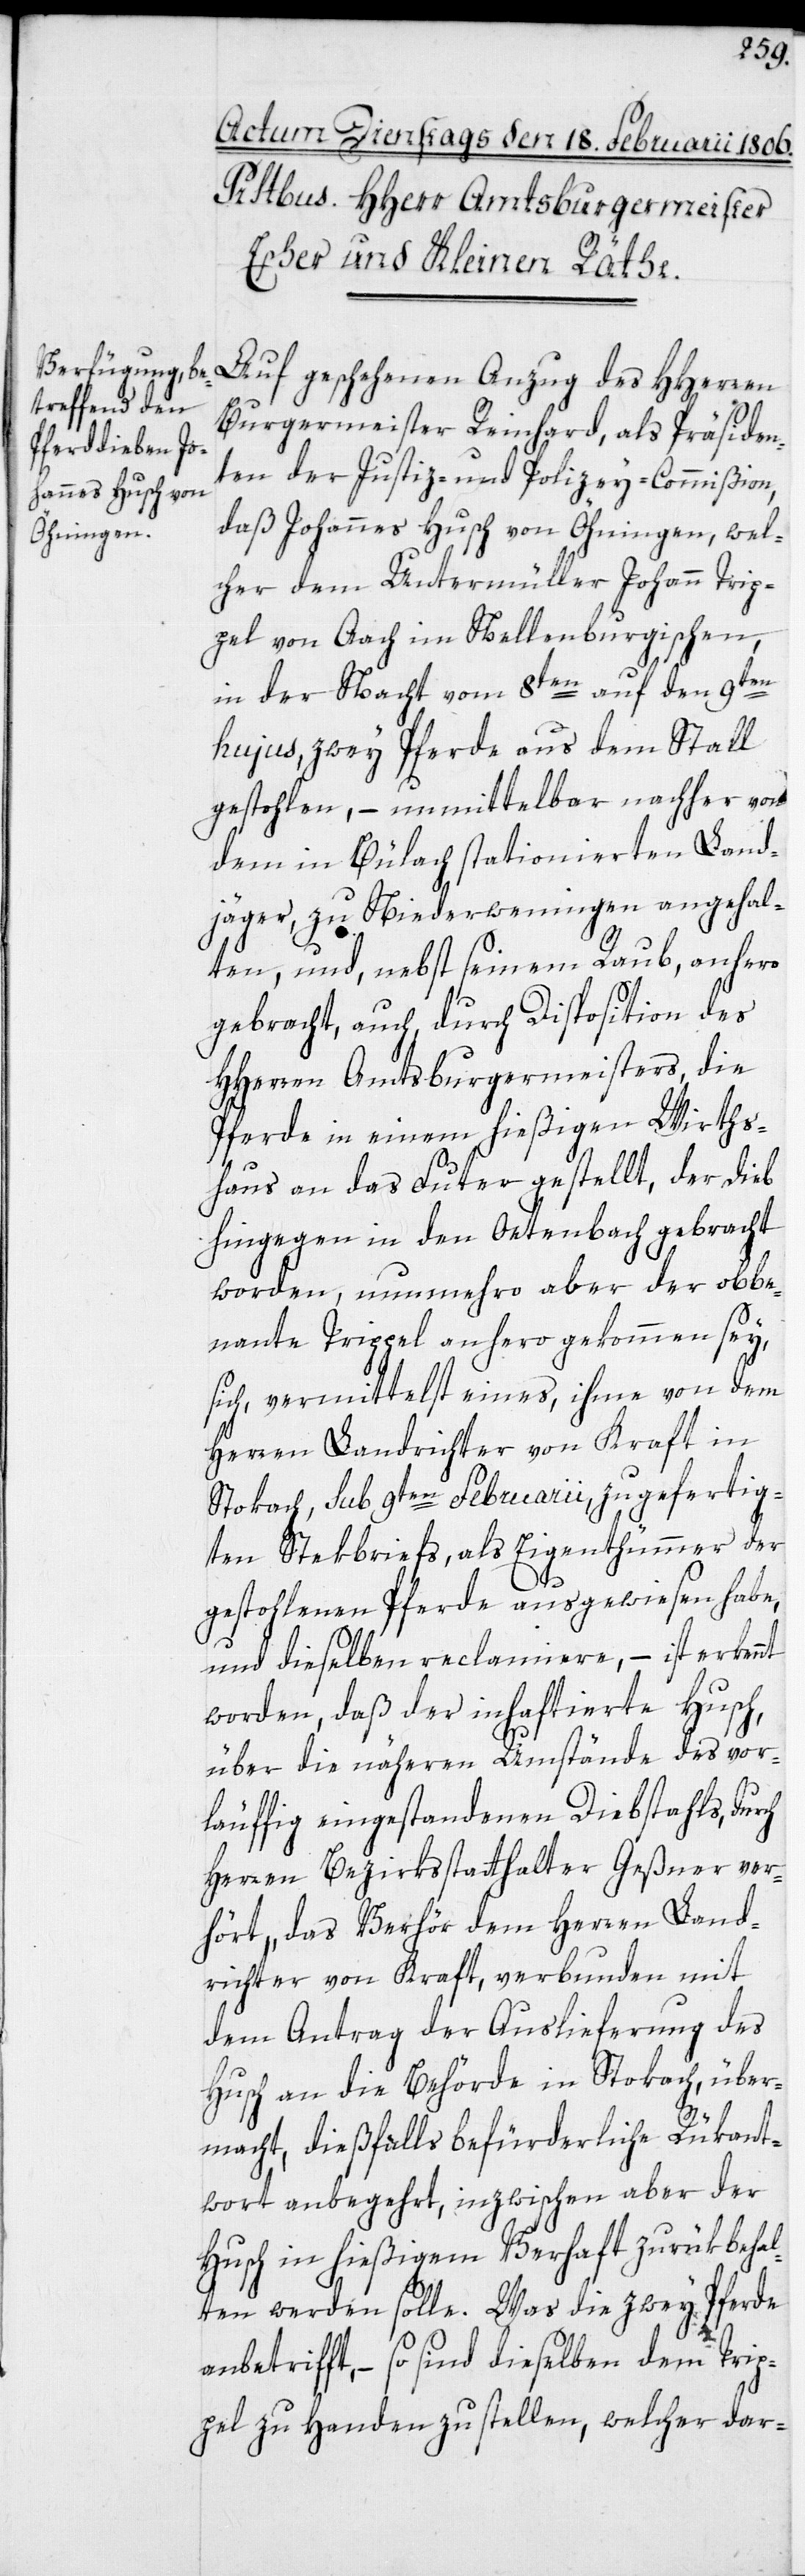
Auf geschehenen Anzug des HHerren
Burgermeister Reinhard, als Präsiden¬
ten der Justiz- und Polizey-Commißion,
daß Johannes Husch von Öhningen, wel¬
cher dem Untermüller Johann Trip¬
pel von Aach im Nellenburgischen,
in der Nacht vom 8ten auf den 9ten
hujus, zwey Pferde aus dem Stall
gestohlen, – unmittelbar nachher von
dem in Bülach stationierten Land¬
jäger, zu Niederweningen angehal¬
ten, und nebst seinem Raub anhero
gebracht, auch durch Disposition des
HHerren Amtsburgermeisters, die
Pferde in einem hießigen Wirths¬
haus an das Futter gestellt, der Dieb
hingegen in den Oetenbach gebracht
worden, nunmehro aber der obbe¬
nante Trippel anhero gekommen sey,
sich, vermittelst eines, ihme von dem
Herren Landrichter von Kraft in
Stockach, sub 9ten Februarii zugefertig¬
ten Stekbriefs, als Eigenthümmer der
gestohlenen Pferde ausgewiesen habe,
und dieselben reclamiere, – ist erkennt
worden, daß der inhaftierte Husch,
über die näheren Umstände des vor¬
läuffig eingestandenen Diebstahls, durch
Herren Bezirksstatthalter Geßner ver¬
hört, das Verhör dem Herren Land¬
richter von Kraft, verbunden mit
dem Antrag der Auslieferung des
Husch an die Behörde in Stockach über¬
macht, dießfalls befürderliche Rükant¬
wort anbegehrt, inzwischen aber der
Husch in hießigem Verhaft zurükbehal¬
ten werden solle. Was die zwey Pferde
anbetrifft, – so sind dieselben dem Trip¬
pel zu Handen zu stellen, welcher dar-